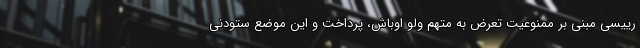
رییسی مبنی بر ممنوعیت تعرض به متهم ولو اوباش، پرداخت و این موضع ستودنی